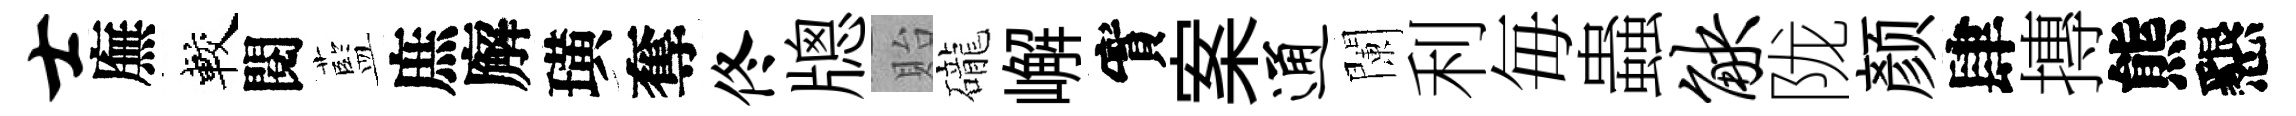
士廡較閱藍庶廨璜奪佟牕貽礲嶰實案通闌利毎蟲觖陇颜肆摶熊懇